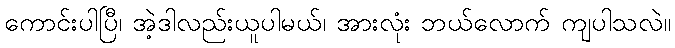
ကောင်းပါပြီ၊ အဲ့ဒါလည်းယူပါမယ်၊ အားလုံး ဘယ်လောက် ကျပါသလဲ။